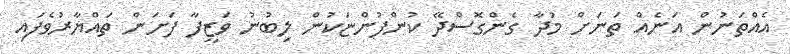
އެއްތަނުން އަނެއް ތަނަށް މުދާ ގެންގޮސްދޭ ކުންފުންޏަކުން ލިބުނު ވަޒީފާ ފަށަން ތައްޔާރުވެފައި